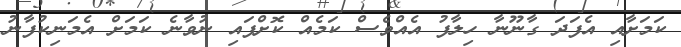
ކަމަށާއި އެފަދަ ގާނޫނާ ހިލާފު އެއްވެސް ކަމެއް ކޮށްފައި ނުވާނެ ކަމަށް އެމަނިކުފާނު